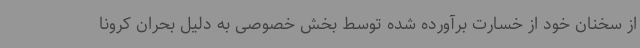
از سخنان خود از خسارت برآورده شده توسط بخش خصوصی به دلیل بحران کرونا